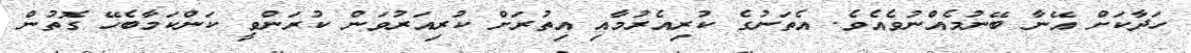
ހަދާކަށް އޭނާ ބޭނުމެއްނުވެއެވެ. އެތަނުގެ ކުރިއެރުމާއި އިތުރަށް ކުރިއަރުވަން ކުރަންވީ ކަންކަމާބެހޭ ގޮތުން